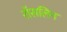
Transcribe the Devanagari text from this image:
रॉसलिन